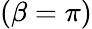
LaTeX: (\beta=\pi)